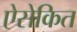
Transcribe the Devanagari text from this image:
ऐसेकित